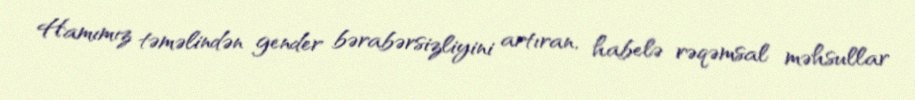
Hamımız təməlindən gender bərabərsizliyini artıran, habelə rəqəmsal məhsullar